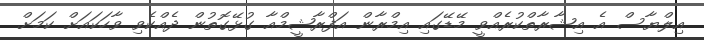
އިލްޔާސް އެ އިޝާރާތްކުރެއްވީ މޭޑޭގައި އިމްރާން އަފްރާޝީމްއާ ގުޅޭގޮތުން ދެއްކެވި ވާހަކައަށް ކަމަށް